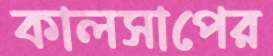
কালসাপের